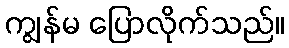
ကျွန်မ ပြောလိုက်သည်။